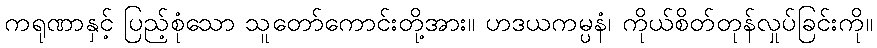
ကရုဏာနှင့် ပြည့်စုံသော သူတော်ကောင်းတို့အား။ ဟဒယကမ္ပနံ၊ ကိုယ်စိတ်တုန်လှုပ်ခြင်းကို။